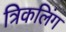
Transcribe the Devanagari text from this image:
त्रिकलिंग